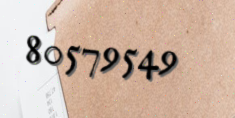
80579549